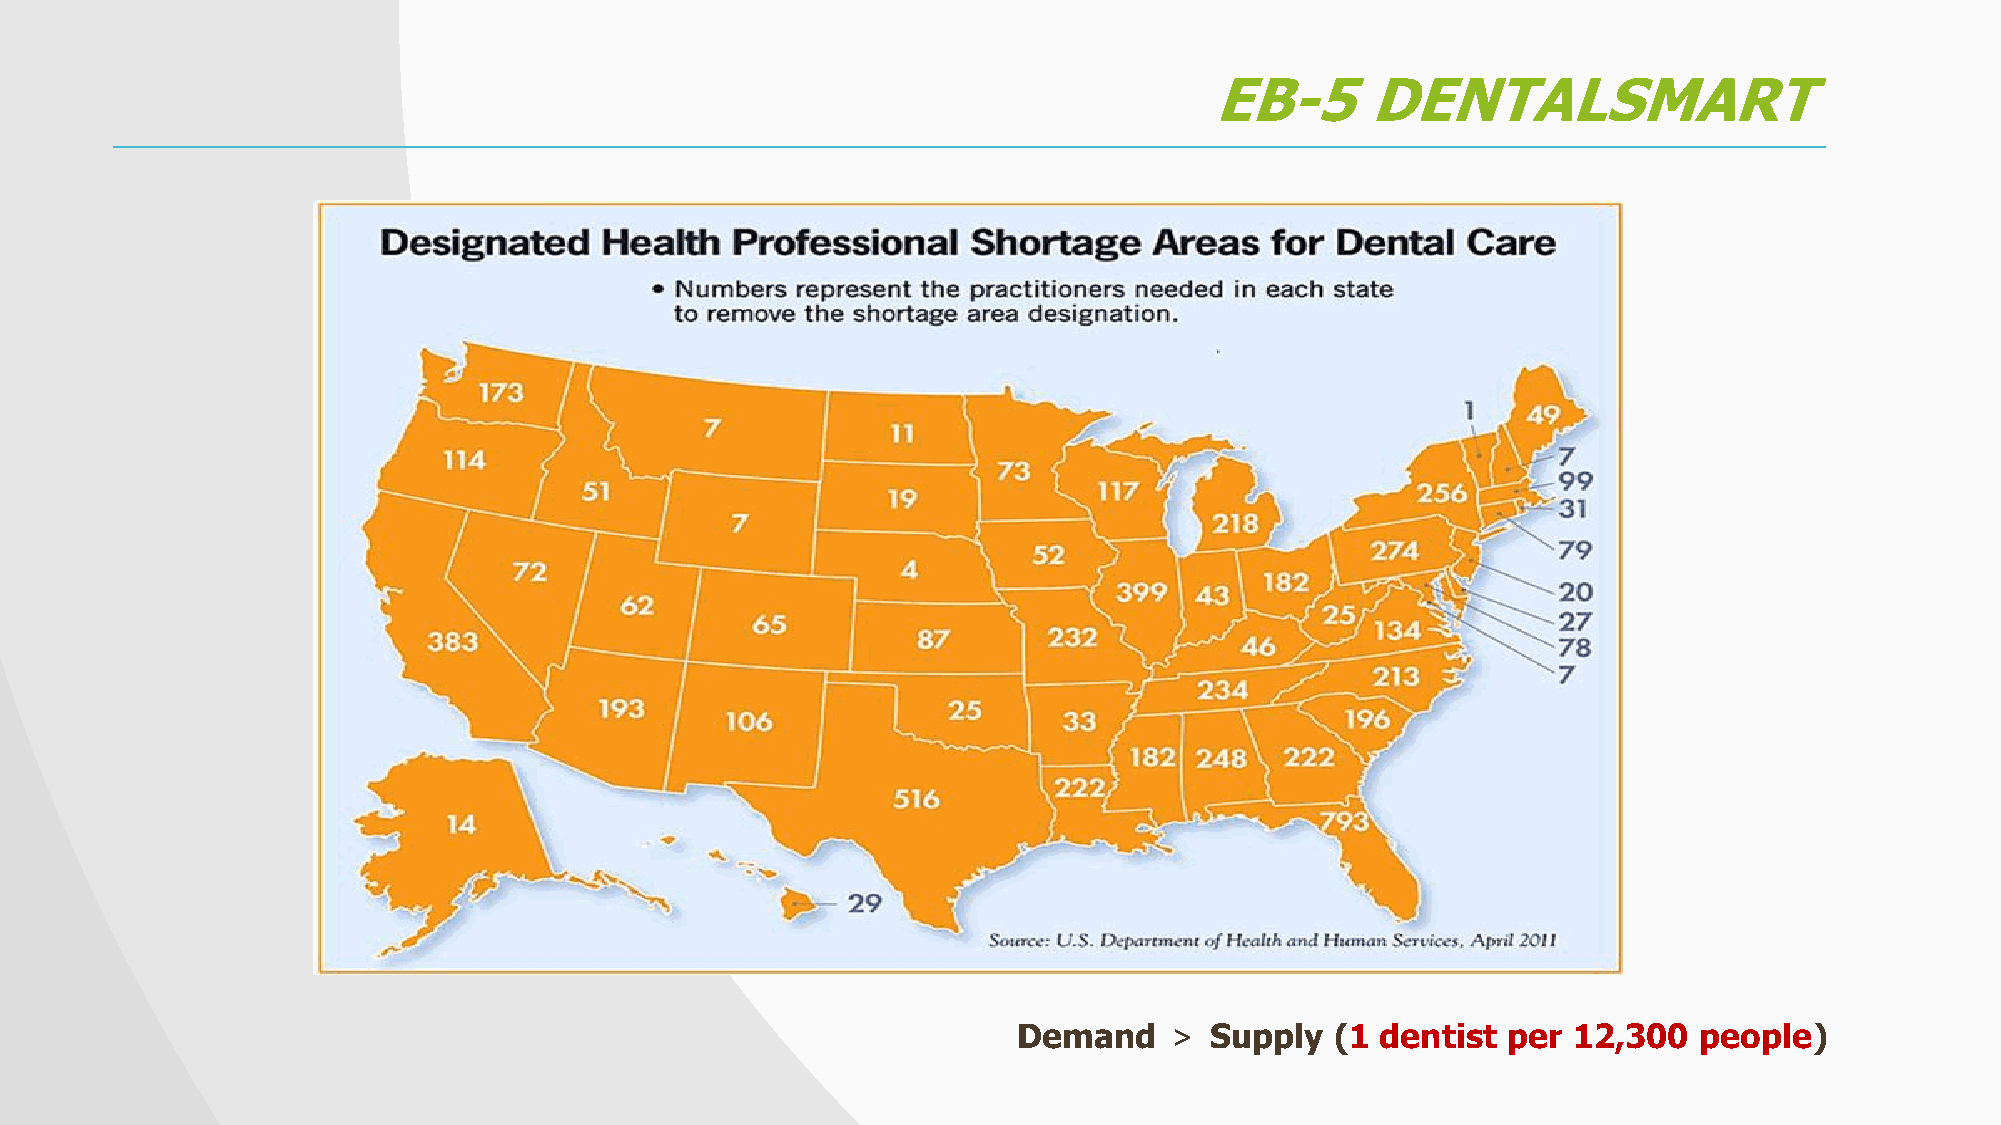
EB-5       DENTALSMART
 Demand    ＞  Supply  (1 dentist  per 12,300  people)